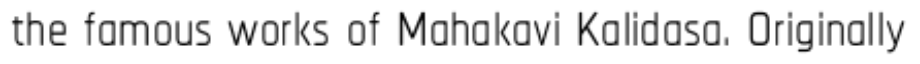
the famous works of Mahakavi Kalidasa. Originally